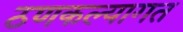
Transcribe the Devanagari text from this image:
ठणकल्यागत